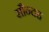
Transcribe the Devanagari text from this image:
सौन्दह